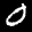
Label: 0